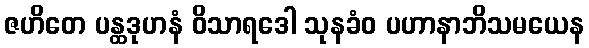
ဇဟိတေ ပန္ထဒုဟနံ ဝိသာရဒေါ သုနခံဝ ပဟာနာဘိသမယေန